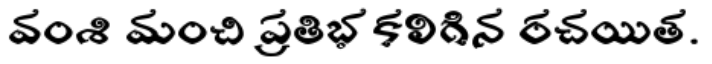
వంశి మంచి ప్రతిభ కలిగిన రచయిత.